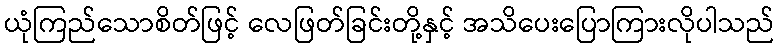
ယုံကြည်သောစိတ်ဖြင့် လေဖြတ်ခြင်းတို့နှင့် အသိပေးပြောကြားလိုပါသည်